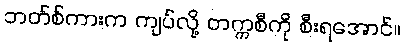
ဘတ်စ်ကားက ကျပ်လို့ တက္ကစီကို စီးရအောင်။